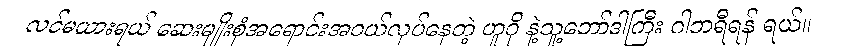
လင်မယားရယ် ဆေးမျိုးစုံအရောင်းအဝယ်လုပ်နေတဲ့ ဟူဂို နဲ့သူ့ဘော်ဒါကြီး ဂါဘရီရန် ရယ်။